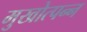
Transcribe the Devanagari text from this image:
मुखोत्पन्न